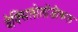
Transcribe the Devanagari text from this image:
वेक्सिलोलॉजीकल